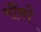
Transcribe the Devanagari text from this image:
मौंको